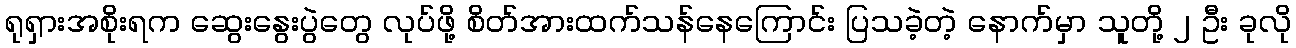
ရုရှားအစိုးရက ဆွေးနွေးပွဲတွေ လုပ်ဖို့ စိတ်အားထက်သန်နေကြောင်း ပြသခဲ့တဲ့ နောက်မှာ သူတို့ ၂ ဦး ခုလို